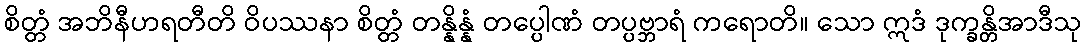
စိတ္တံ အဘိနီဟရတီတိ ဝိပဿနာ စိတ္တံ တန္နိန္နံ တပ္ပေါဏံ တပ္ပဗ္ဘာရံ ကရောတိ။ သော ဣဒံ ဒုက္ခန္တိအာဒီသု